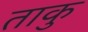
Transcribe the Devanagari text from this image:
ताकु